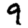
Digit: 9